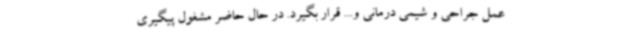
عمل جراحی و شیمی درمانی و... قرار بگیرد. در حال حاضر مشغول پیگیری